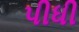
પીધી